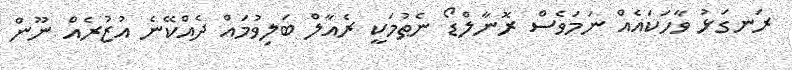
ރަނގަޅު ވާހަކައެއް ނަމަވެސް ރޮނާލްޑޯ ނެޠުމަކީ ރެއާލް ބަލިވުމައް ދެއްކޭނެ އުޒުރެއް ނޫން